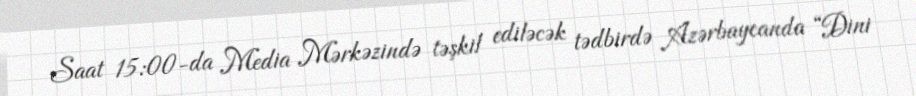
Saat 15:00-da Media Mərkəzində təşkil ediləcək tədbirdə Azərbaycanda “Dini